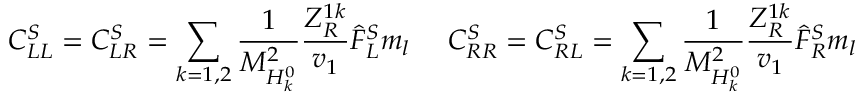
C _ { L L } ^ { S } = C _ { L R } ^ { S } = \sum _ { k = 1 , 2 } { \frac { 1 } { M _ { H _ { k } ^ { 0 } } ^ { 2 } } } { \frac { Z _ { R } ^ { 1 k } } { v _ { 1 } } } \widehat { F } _ { L } ^ { S } m _ { l } ~ ~ ~ ~ C _ { R R } ^ { S } = C _ { R L } ^ { S } = \sum _ { k = 1 , 2 } { \frac { 1 } { M _ { H _ { k } ^ { 0 } } ^ { 2 } } } { \frac { Z _ { R } ^ { 1 k } } { v _ { 1 } } } \widehat { F } _ { R } ^ { S } m _ { l }